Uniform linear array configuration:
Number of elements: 32
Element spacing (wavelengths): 1
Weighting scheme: hamming
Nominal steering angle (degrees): -60
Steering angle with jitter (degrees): -59.892
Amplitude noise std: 0.05
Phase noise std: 0.05

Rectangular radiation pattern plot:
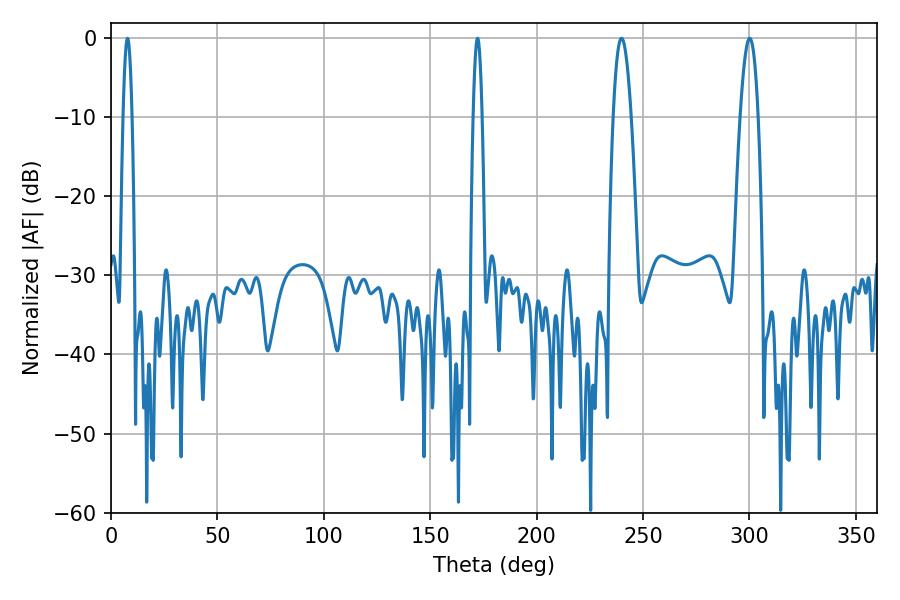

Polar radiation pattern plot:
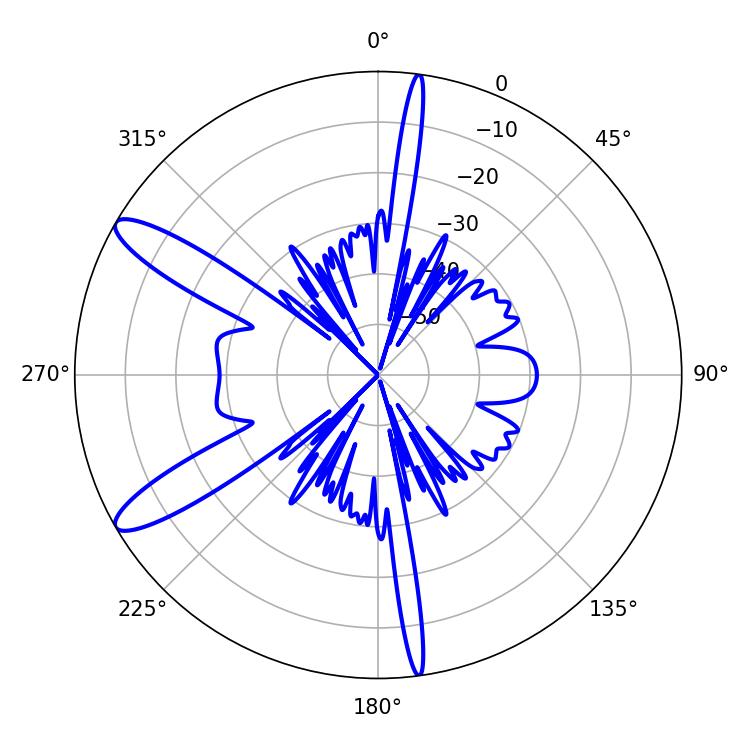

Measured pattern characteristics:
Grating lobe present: TRUE
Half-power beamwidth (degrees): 2.16
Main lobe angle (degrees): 7.74